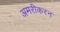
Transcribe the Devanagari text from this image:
अमरीकरन